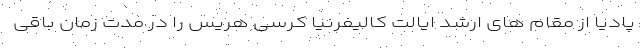
پادیا از مقام های ارشد ایالت کالیفرنیا کرسی هریس را در مدت زمان باقی